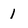
Character: 1